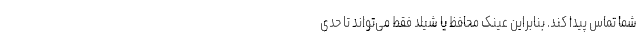
شما تماس پیدا کند. بنابراین عینک محافظ یا شیلد فقط می‌تواند تا حدی